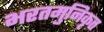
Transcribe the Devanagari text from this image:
भरतमुनिकृत